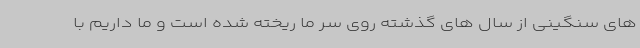
های سنگینی از سال های گذشته روی سر ما ریخته شده است و ما داریم با